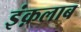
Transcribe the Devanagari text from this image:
इंक़लाब